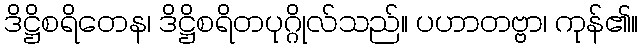
ဒိဋ္ဌိစရိတေန၊ ဒိဋ္ဌိစရိတပုဂ္ဂိုလ်သည်။ ပဟာတဗ္ဗာ၊ ကုန်၏။